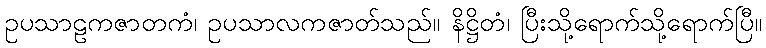
ဥပသာဠကဇာတကံ၊ ဥပသာလကဇာတ်သည်။ နိဋ္ဌိတံ၊ ပြီးသို့ရောက်သို့ရောက်ပြီ။